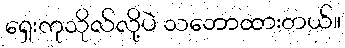
ရှေးကုသိုလ်လို့ပဲ သဘောထားတယ်။